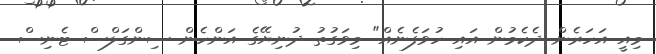
މިއީ އަހަރެން ދެކެމުން އައި ހުވަފެނެއް" މިވަގުތު ދުނިޔޭގެ އަންހެން ސިންގަލްސް ޓެނިސް